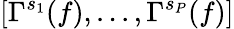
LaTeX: [\Gamma^{s_{1}}(f),...,\Gamma^{s_{P}}(f)]